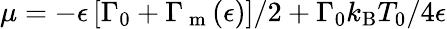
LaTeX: \mu=-\epsilon\left[{\Gamma_{0}+\Gamma_{\mathrm{~m~}}(\epsilon)}\right]/2+{\Gamma_{0}k_{\mathrm{B}}T_{0}}/{4\epsilon}